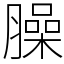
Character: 臊